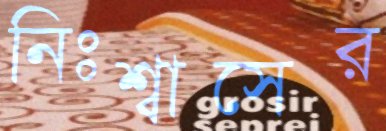
নিঃশ্বাসের